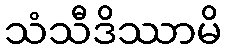
သံသီဒိဿာမိ